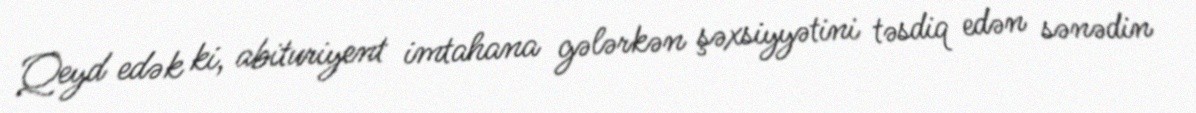
Qeyd edək ki, abituriyent imtahana gələrkən şəxsiyyətini təsdiq edən sənədin